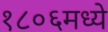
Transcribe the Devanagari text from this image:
१८०६मध्ये